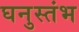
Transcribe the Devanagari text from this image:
घनुस्तंभ